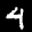
Label: 4